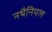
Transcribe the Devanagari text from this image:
नथैनियल